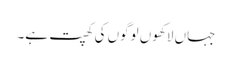
جہاں لاکھوں لوگوں کی کھپت ہے۔